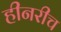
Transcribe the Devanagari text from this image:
हीनरीच